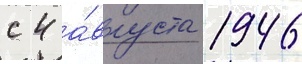
с 4 а́вгуста 1946